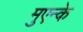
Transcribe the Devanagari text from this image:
मुएन्के